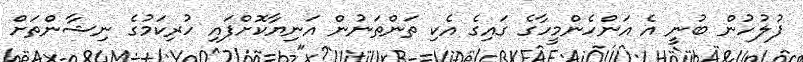
ފުލުހުން ބުނީ އެ އަންހެންމީހާގެ ގައިގެ އެކި ތަންތަނުން އަނިޔާކޮށްފައި ހުރިކަމުގެ ނިޝާންތަށް